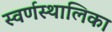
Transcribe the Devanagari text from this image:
स्वर्णस्थालिका